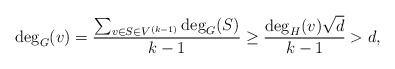
\begin{align*} \deg_G(v)= \frac{\sum_{v \in S \in V^{(k-1)}}\deg_G(S)}{k-1}\geq \frac{\deg_H(v)\sqrt{d}}{k-1}>d,\end{align*}